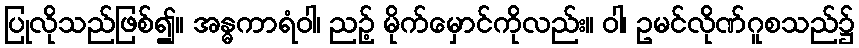
ပြုလိုသည်ဖြစ်၍။ အန္ဓကာရံဝါ၊ ညဉ့် မိုက်မှောင်ကိုလည်း။ ဝါ၊ ဥမင်လိုဏ်ဂူစသည်၌